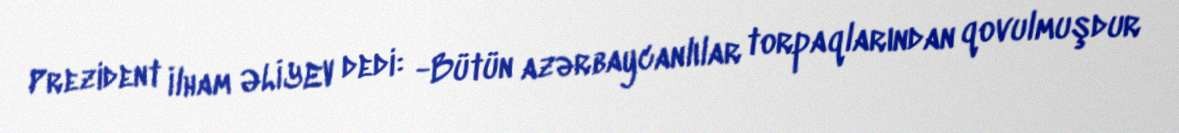
Prezident İlham ƏLİYEV dedi: -Bütün azərbaycanlılar torpaqlarından qovulmuşdur